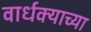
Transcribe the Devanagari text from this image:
वार्धक्याच्या